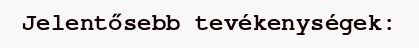
Jelentősebb tevékenységek: